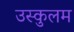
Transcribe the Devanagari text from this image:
उस्कुलम